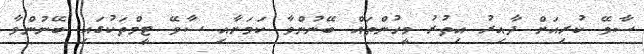
ސާވޭ ކުރިއަށް ދާއިރު އިތުރު މީހުންތައް ބޭނުންވާ ކަމަށާއި ސާވޭ ޓީމްތަކުގައި ބޭނުންވާ